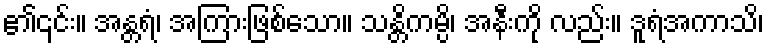
၏၎င်း။ အန္တရံ၊ အကြားဖြစ်သော။ သန္တိကမ္ပိ၊ အနီးကို လည်း။ ဒူရံအကာသိ၊